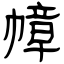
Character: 幛